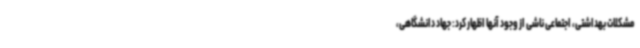
مشکلات بهداشتی، اجتماعی ناشی از وجود آنها اظهار کرد: جهاد دانشگاهی،